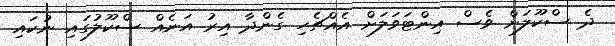
ދެ ސްކޫލަށް ވެސް އިންޓަވަލަށް އެއްޗެހި ގެންދާ އިރު އަނެއް ސްކޫލުގައި ނުކައި